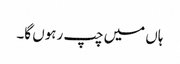
ہاں میں چپ رہوں گا۔